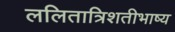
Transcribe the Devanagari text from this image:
ललितात्रिशतीभाष्य